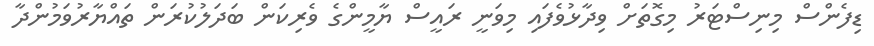
ޑިފެންސް މިނިސްޓަރު މިގޮތަށް ވިދާޅުވެފައި މިވަނީ ރައީސް ޔާމީންގެ ވެރިކަން ބަދަލުކުރަން ތައްޔާރުވަމުންދާ